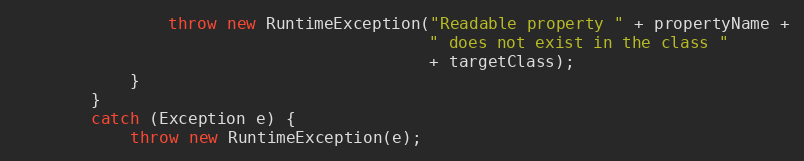
Language: Java
                throw new RuntimeException("Readable property " + propertyName +
                                           " does not exist in the class "
                                           + targetClass);
            }
        }
        catch (Exception e) {
            throw new RuntimeException(e);